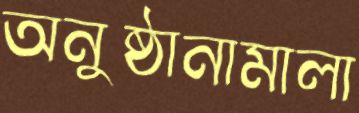
অনুষ্ঠানামালা